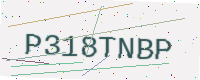
Text: P318TNBP